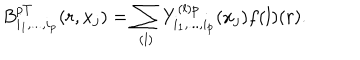
LaTeX: B _ { i _ { 1 } , . . . , i _ { p } } ^ { p T } ( r , x _ { j } ) = \sum _ { ( l ) } Y _ { i _ { 1 } , . . . , i _ { p } } ^ { ( l ) p } ( x _ { j } ) f { ( l ) } ( r ) .